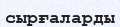
сырғаларды